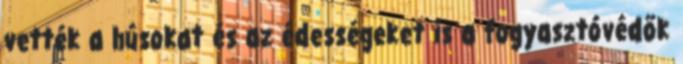
vették a húsokat és az édességeket is a fogyasztóvédők